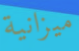
ميزانية